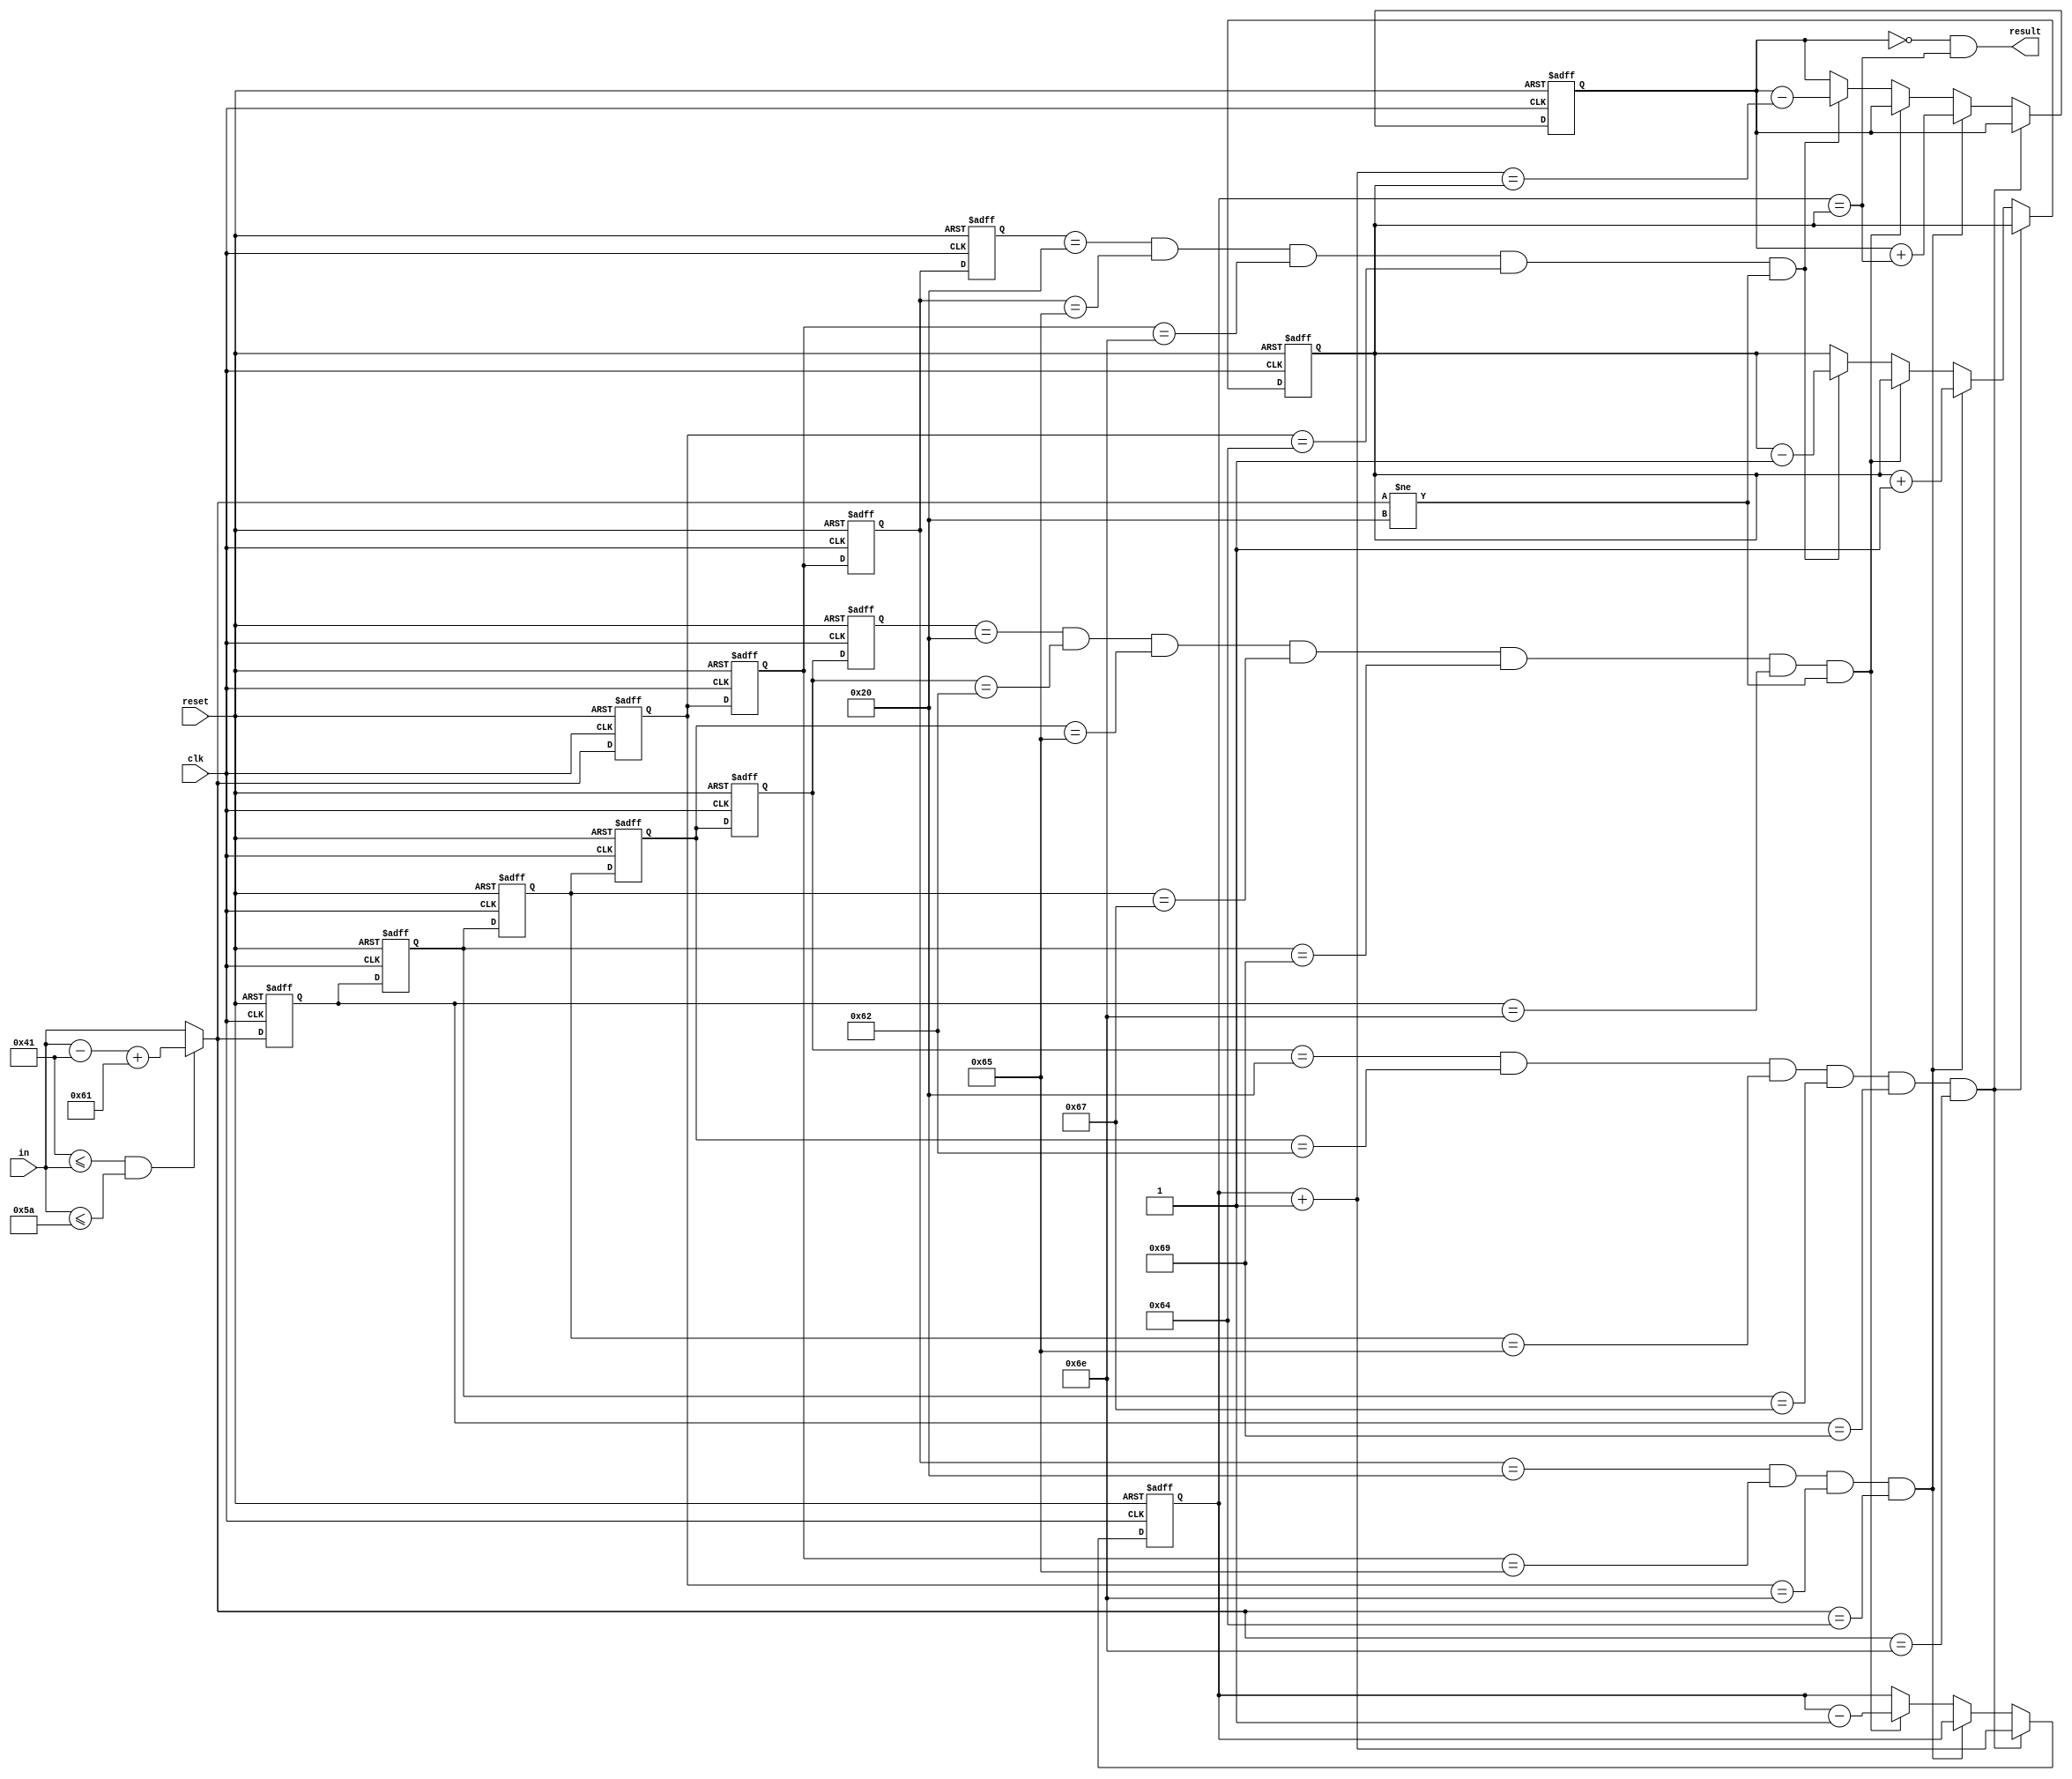
`timescale 1ns / 1ps

module BlockChecker(
    input clk,
    input reset,
    input [7:0] in,
    output result
    );

    wire begin_ap, end_ap, begin_re, end_re;
    wire [7:0] ch;
    reg [7:0] st_begin [5:0], st_end [3:0];
    reg [31:0] i, begin_cnt, end_cnt, isMismatch;

    assign ch = "A" <= in && in <= "Z" ? in - "A" + "a" : in;
    assign begin_ap = st_begin[4] == " " &&
                        st_begin[3] == "b" &&
                        st_begin[2] == "e" &&
                        st_begin[1] == "g" &&
                        st_begin[0] == "i" &&
                        ch == "n";
    assign begin_re = st_begin[5] == " " &&
                        st_begin[4] == "b" &&
                        st_begin[3] == "e" &&
                        st_begin[2] == "g" &&
                        st_begin[1] == "i" &&
                        st_begin[0] == "n" &&
                        ch != " ";
    assign end_ap = st_end[2] == " " &&
                        st_end[1] == "e" &&
                        st_end[0] == "n" &&
                        ch == "d";
    assign end_re = st_end[3] == " " &&
                        st_end[2] == "e" &&
                        st_end[1] == "n" &&
                        st_end[0] == "d" &&
                        ch != " ";
    assign result = isMismatch == 0 && begin_cnt == end_cnt;

    always @(posedge clk, posedge reset) begin
        if (reset) begin
            isMismatch <= 0;
            begin_cnt <= 0;
            end_cnt <= 0;
            st_begin[0] <= " ";
            for (i = 1; i < 6; i = i + 1) begin
                st_begin[i] <= 0;
            end
            st_end[0] <= " ";
            for (i = 1; i < 4; i = i + 1) begin
                st_end[i] <= 0;
            end
        end else begin
            st_begin[0] <= ch;
            for (i = 1; i < 6; i = i + 1) begin
                st_begin[i] <= st_begin[i - 1];
            end
            st_end[0] <= ch;
            for (i = 1; i < 4; i = i + 1) begin
                st_end[i] <= st_end[i - 1];
            end
            if (begin_ap) begin
                begin_cnt <= begin_cnt + 1;
            end else if (end_ap) begin
                end_cnt <= end_cnt + 1;
                isMismatch <= isMismatch + (begin_cnt == end_cnt);
            end else if (begin_re) begin
                begin_cnt <= begin_cnt - 1;
            end else if (end_re) begin
                end_cnt <= end_cnt - 1;
                isMismatch <= isMismatch - (begin_cnt + 1 == end_cnt);
            end else begin
                begin_cnt <= begin_cnt;
                end_cnt <= end_cnt;
                isMismatch <= isMismatch;
            end
        end
    end

endmodule